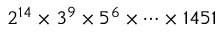
2 ^ { 1 4 } \times 3 ^ { 9 } \times 5 ^ { 6 } \times \cdots \times 1 4 5 1